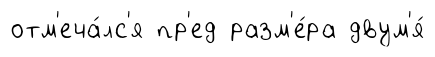
отм'еча́лс'я пр'ед разм'е́ра двум'я́